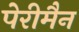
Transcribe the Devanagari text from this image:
पेरीमैन